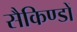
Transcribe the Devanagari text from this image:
सैकिण्डों